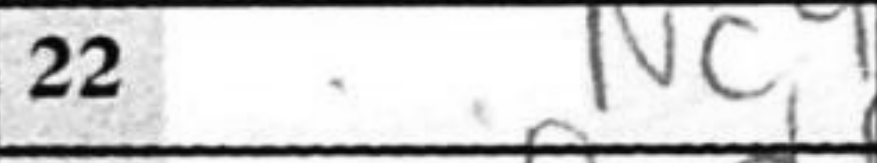
Transcription: Nc4